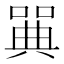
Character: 𠽝